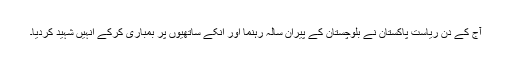
آج کے دن ریاست پاکستان نے بلوچستان کے پیران سالہ رہنما اور انکے ساتھیوں پر بمباری کرکے انہیں شہید کردیا۔